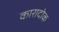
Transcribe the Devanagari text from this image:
कारादोक